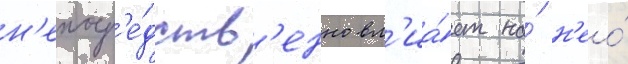
н'епоср'е́дств'енно вл'иа́ет на́ н'ео́